Scottish Education Department, 1939
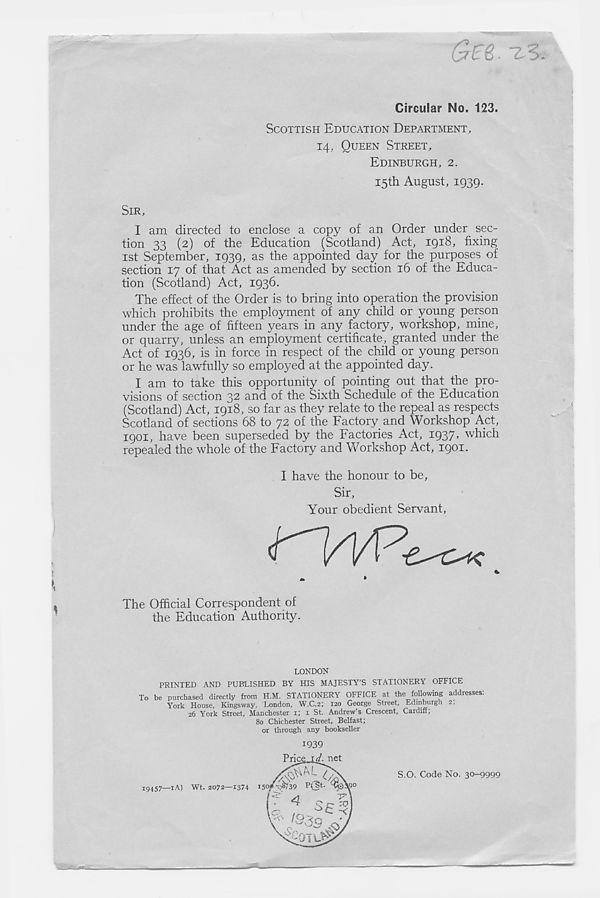
Q E&. 7-5 .
Circular No. 123.
SCOTTISH EDUCATION DEPARTMENT,
14, QUEEN STREET,
EDINBURGH, 2.
15th August, 1939.
SIR,
I am directed to enclose a copy of an Order under sec-
tion 33 (2) of the Education (Scotland) Act, 1918, fixing
1st September, 1939, as the appointed day for the purposes of
section 17 of that Act as amended by section 16 of the Educa-
tion (Scotland) Act, 1936.
The effect of the Order is to bring into operation the provision
which prohibits the employment of any child or young person
under the age of fifteen years in any factory, workshop, mine,
or quarry, unless an employment certificate, granted under the
Act of 1936, is in force in respect of the child or young person
or he was lawfully so employed at the appointed day.
I am to take this opportunity of pointing out that the pro-
visions of section 32 and of the Sixth Schedule of the Education
(Scotland) Act, 1918, so far as they relate to the repeal as respects
Scotland of sections 68 to 72 of the Factory and Workshop Act,
1901, have been superseded by the Factories Act, 1937, which
repealed the whole of the Factory and Workshop Act, 1901.
I have the honour to be,
Sir,
Your obedient Servant,
»
»
The Official Correspondent of
the Education Authority.
LONDON
PRINTED AND PUBLISHED BY HIS MAJESTY’S STATIONERY OFFICE
To be purchased directly from H.M. STATIONERY OFFICE at the following addresses:
York House, Kingsway, London, W.C.2; 120 George Street, Edinburgh 2,
26 York Street, Manchester 1; 1 St. Andrew’s Crescent, Cardiff;
80 Chichester Street, Belfast;
or through any bookseller
1939
10
S.O. Code No. 30-9999